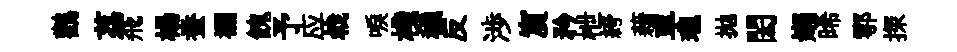
鸛荔飛楊蚕襴餽予应㦸唳棧穢反渉賔矜枻絝藉車瓏拋閎嬾晞鄠探